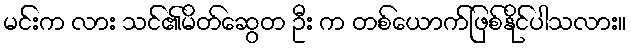
မင်းက လား သင်၏မိတ်ဆွေတ ဦး က တစ်ယောက်ဖြစ်နိုင်ပါသလား။